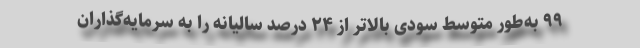
۹۹ به‌طور متوسط سودی بالاتر از ۲۴ درصد سالیانه را به سرمایه‌گذاران